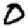
Digit: 0